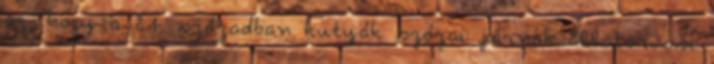
az, hogy a 21. században kutyák százai járnak állatorvosi